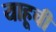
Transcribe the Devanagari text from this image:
याहूची